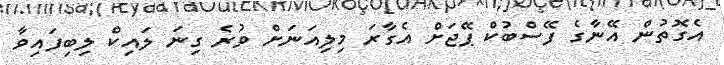
އެގޮތުން އޭނާގެ ފޭސްބުކް ޕޭޖަށް އެގާރަ މިލިއަނަށް ވުރެ ގިނަ ލައިކް ލިބިފައިވާ